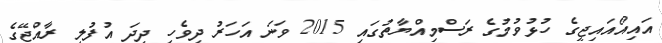
އައިއޯއައިޖީގެ ހުޅުވުމުގެ ރަސްމިއްޔާތުގައި 2015 ވަނަ އަހަރު ދިވެހި ދިދަ އުފުލީ ރާއްޖޭގެ